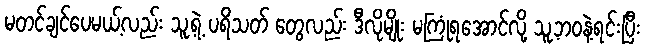
မတင်ချင်ပေမယ့်လည်း သူ့ရဲ့ ပရိသတ် တွေလည်း ဒီလိုမျိုး မကြုံရအောင်လို့ သူ့ဘဝနဲ့ရင်းပြီး